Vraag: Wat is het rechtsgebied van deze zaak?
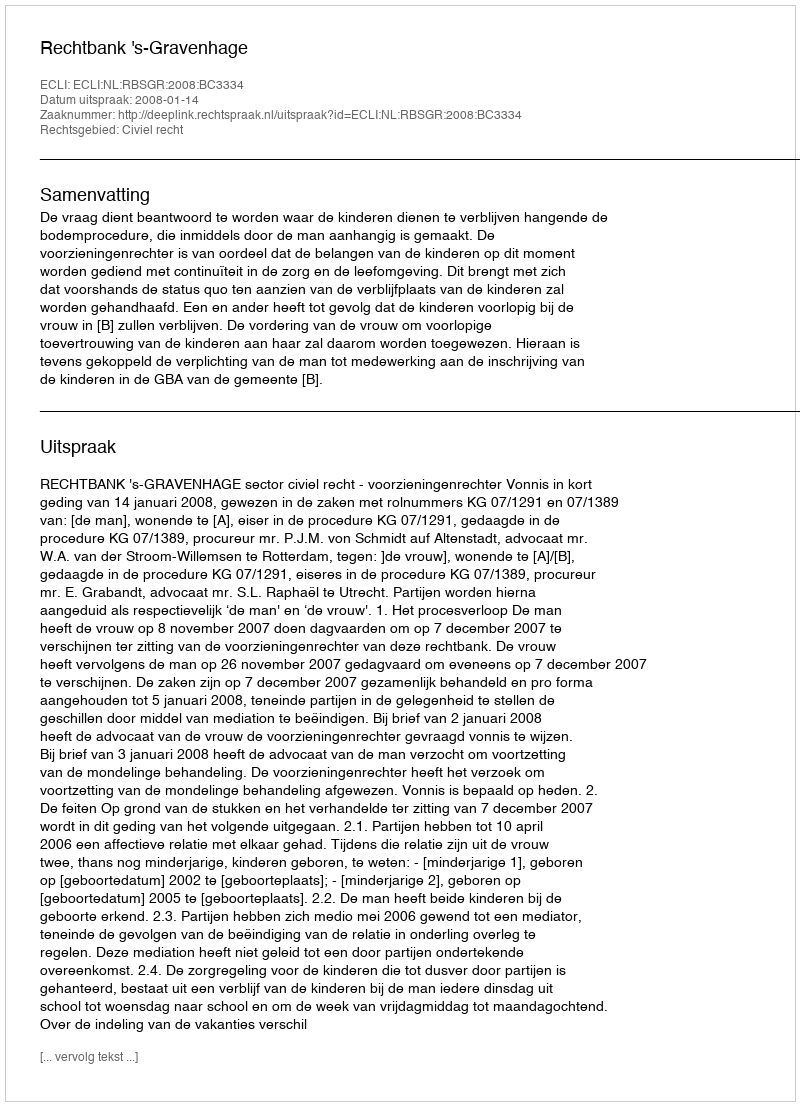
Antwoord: Civiel recht